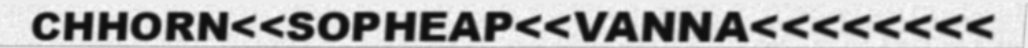
CHHORN<<SOPHEAP<<VANNA<<<<<<<<